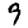
Digit: 9